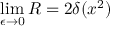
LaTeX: \operatorname * { l i m } _ { \epsilon \to 0 } R = 2 \delta ( x ^ { 2 } )